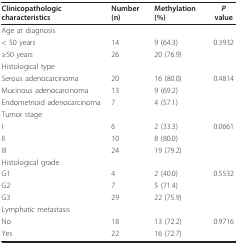
<table><thead><tr><td><b>Clinicopathologic characteristics</b></td><td><b>Number (n)</b></td><td><b>Methylation (%)</b></td><td><b><i>P </i>value</b></td></tr></thead><tbody><tr><td>Age at diagnosis</td><td></td><td></td><td></td></tr><tr><td>&lt; 50 years</td><td>14</td><td>9 (64.3)</td><td>0.3932</td></tr><tr><td>≥50 years</td><td>26</td><td>20 (76.9)</td><td></td></tr><tr><td>Histological type</td><td></td><td></td><td></td></tr><tr><td>Serous adenocarcinoma</td><td>20</td><td>16 (80.0)</td><td>0.4814</td></tr><tr><td>Mucinous adenocarcinoma</td><td>13</td><td>9 (69.2)</td><td></td></tr><tr><td>Endometrioid adenocarcinoma</td><td>7</td><td>4 (57.1)</td><td></td></tr><tr><td>Tumor stage</td><td></td><td></td><td></td></tr><tr><td>I</td><td>6</td><td>2 (33.3)</td><td>0.0661</td></tr><tr><td>II</td><td>10</td><td>8 (80.0)</td><td></td></tr><tr><td>III</td><td>24</td><td>19 (79.2)</td><td></td></tr><tr><td>Histological grade</td><td></td><td></td><td></td></tr><tr><td>G1</td><td>4</td><td>2 (40.0)</td><td>0.5532</td></tr><tr><td>G2</td><td>7</td><td>5 (71.4)</td><td></td></tr><tr><td>G3</td><td>29</td><td>22 (75.9)</td><td></td></tr><tr><td>Lymphatic metastasis</td><td></td><td></td><td></td></tr><tr><td>No</td><td>18</td><td>13 (72.2)</td><td>0.9716</td></tr><tr><td>Yes</td><td>22</td><td>16 (72.7)</td><td></td></tr></tbody></table>